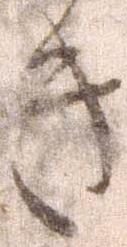
き